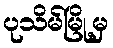
ပုသိမ်မြို့မှ